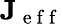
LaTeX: \mathbf{J}_{\mathrm{~e~f~f~}}